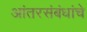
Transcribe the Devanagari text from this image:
आंतरसंबंधांचे